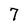
Character: 7